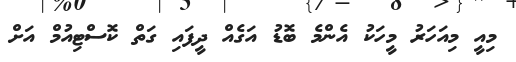
މިއީ މިއަހަރު މީހަކު އެންމެ ބޮޑު އަގެއް ދީފައި ގަތް ކޮސްޓިއުމް އަށް